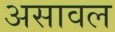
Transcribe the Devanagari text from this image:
असावल